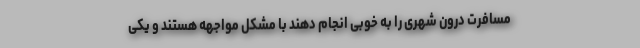
مسافرت درون شهری را به خوبی انجام دهند با مشکل مواجهه هستند و یکی